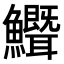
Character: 𬵺